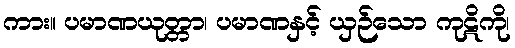
ကား။ ပမာဏယုတ္တာ၊ ပမာဏနှင့် ယှဉ်သော ကုဋိကို၊